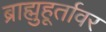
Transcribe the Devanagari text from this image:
ब्राह्मुहूर्तावर